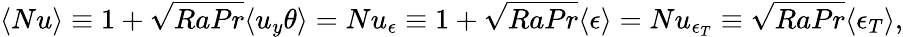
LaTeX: \langle Nu\rangle\equiv 1+\sqrt{RaPr}\langle u_{y}\theta\rangle=Nu_{\epsilon}\equiv 1+\sqrt{RaPr}\langle\epsilon\rangle=Nu_{\epsilon_{T}}\equiv\sqrt{RaPr}\langle\epsilon_{T}\rangle,